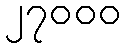
၂၇၀၀၀